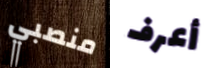
منصبي أعرف